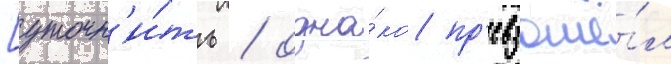
[уточн'и́ть / одна́ко пр'евзошё́л